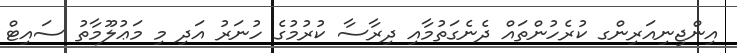
އިންޖިނިއަރިންގ ކުރެހުންތައް ދެނެގަތުމާއި ދިރާސާ ކުރުމުގެ ހުނަރު އަދި މި މަޢުލޫމާތު ސައިޓް